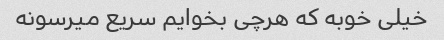
خیلی خوبه که هرچی بخوایم سریع میرسونه